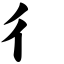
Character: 彳